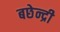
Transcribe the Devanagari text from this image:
बछेन्द्री